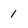
Character: 1